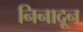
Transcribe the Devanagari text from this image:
निनादून